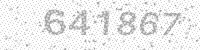
Solution: 641867